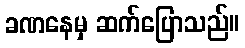
ခဏနေမှ ဆက်ပြောသည်။